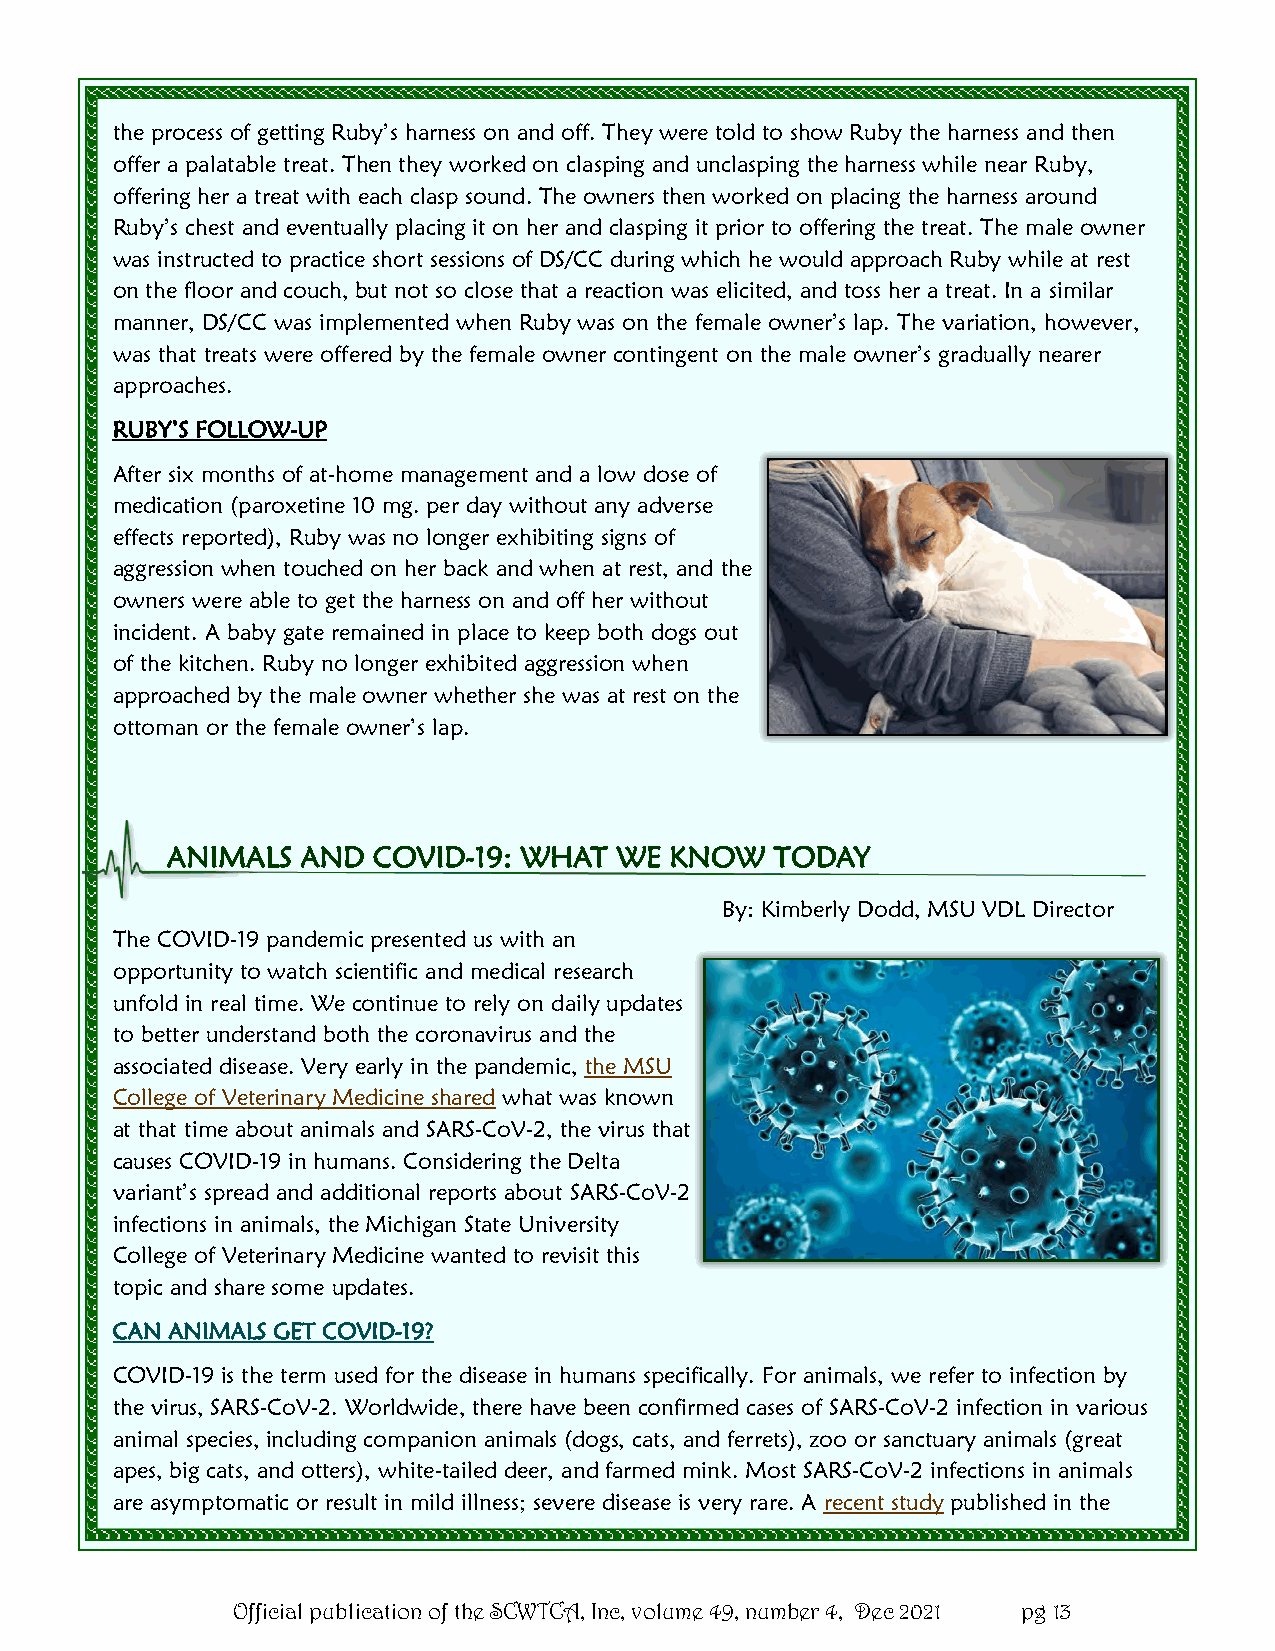
the process of getting Ruby’s harness on and off. They were told to show Ruby the harness and then
 offer a palatable treat. Then they worked on clasping and unclasping the harness while near Ruby,
 offering her a treat with each clasp sound. The owners then worked on placing the harness around
 Ruby’s chest and eventually placing it on her and clasping it prior to offering the treat. The male owner
 was instructed to practice short sessions of DS/CC during which he would approach Ruby while at rest
 on the floor and couch, but not so close that a reaction was elicited, and toss her a treat. In a similar
 manner, DS/CC was implemented when Ruby was on the female owner’s lap. The variation, however,
 was that treats were offered by the female owner contingent on the male owner’s gradually nearer
 approaches.
 RUBY’S FOLLOW-UP
 After six months of at-home management and a low dose of
 medication (paroxetine 10 mg. per day without any adverse
 effects reported), Ruby was no longer exhibiting signs of
 aggression when touched on her back and when at rest, and the
 owners were able to get the harness on and off her without
 incident. A baby gate remained in place to keep both dogs out
 of the kitchen. Ruby no longer exhibited aggression when
 approached by the male owner whether she was at rest on the
 ottoman or the female owner’s lap.
 ANIMALS  AND  COVID-19: WHAT  WE KNOW   TODAY
 By: Kimberly Dodd, MSU VDL Director
 The COVID-19 pandemic presented us with an
 opportunity to watch scientific and medical research
 unfold in real time. We continue to rely on daily updates
 to better understand both the coronavirus and the
 associated disease. Very early in the pandemic, the MSU
 College of Veterinary Medicine shared what was known
 at that time about animals and SARS-CoV-2, the virus that
 causes COVID-19 in humans. Considering the Delta
 variant’s spread and additional reports about SARS-CoV-2
 infections in animals, the Michigan State University
 College of Veterinary Medicine wanted to revisit this
 topic and share some updates.
 CAN ANIMALS GET COVID-19?
 COVID-19 is the term used for the disease in humans specifically. For animals, we refer to infection by
 the virus, SARS-CoV-2. Worldwide, there have been confirmed cases of SARS-CoV-2 infection in various
 animal species, including companion animals (dogs, cats, and ferrets), zoo or sanctuary animals (great
 apes, big cats, and otters), white-tailed deer, and farmed mink. Most SARS-CoV-2 infections in animals
 are asymptomatic or result in mild illness; severe disease is very rare. A recent study published in the
 Official publication of the SCWTCA, Inc, volume 49, number 4, Dec 2021 pg 13